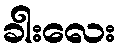
ခါးလေး